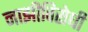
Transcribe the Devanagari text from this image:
नाझीविरोधी